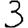
Digit: 3